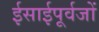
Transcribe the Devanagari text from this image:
ईसाईपूर्वजों